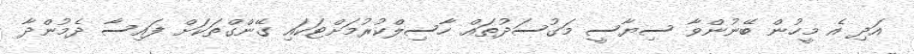
އަދި އެ މީހުން ބޭނުންވާ ސިޔާސީ މަގުސަދުތައް ހާސިލްކުރުމަށްޓަކައި ގޭންގްތަކަށް ފައިސާ ދެމުންދާ